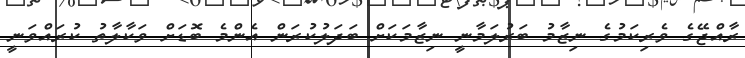
ރާއްޖޭގެ ވެރިކަމުގެ ނިޒާމު ބަރުލަމާނީ ނިޒާމަކަށް ބަދަލުކުރަން އެންމެ ބޮޑަށް ވަކާލާތު ކުރައްވަނީ